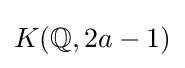
K(\mathbb {Q} ,2a-1)